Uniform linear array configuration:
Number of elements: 4
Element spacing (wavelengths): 0.75
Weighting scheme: kaiser
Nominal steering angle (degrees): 0
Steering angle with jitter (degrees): -0.4943
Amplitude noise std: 0.05
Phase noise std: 0.05

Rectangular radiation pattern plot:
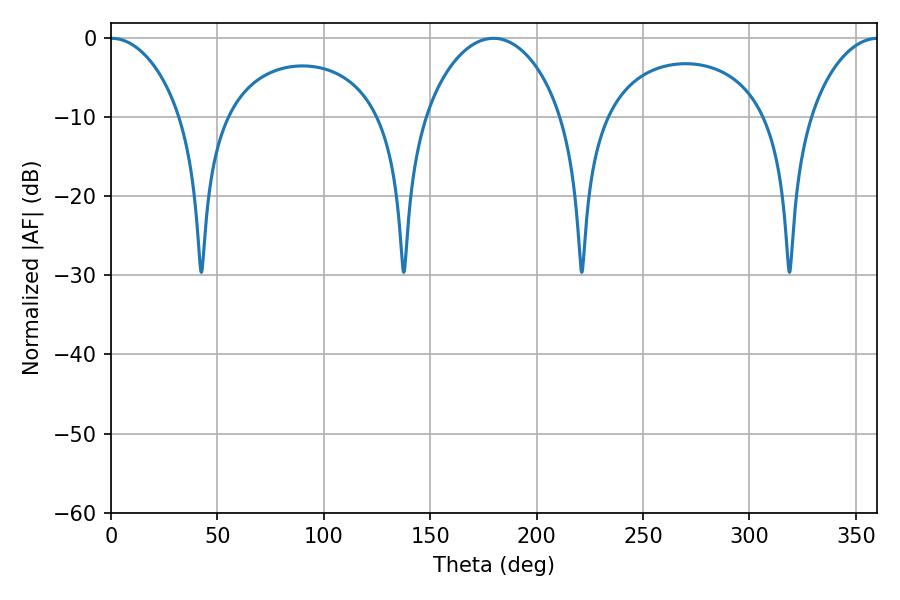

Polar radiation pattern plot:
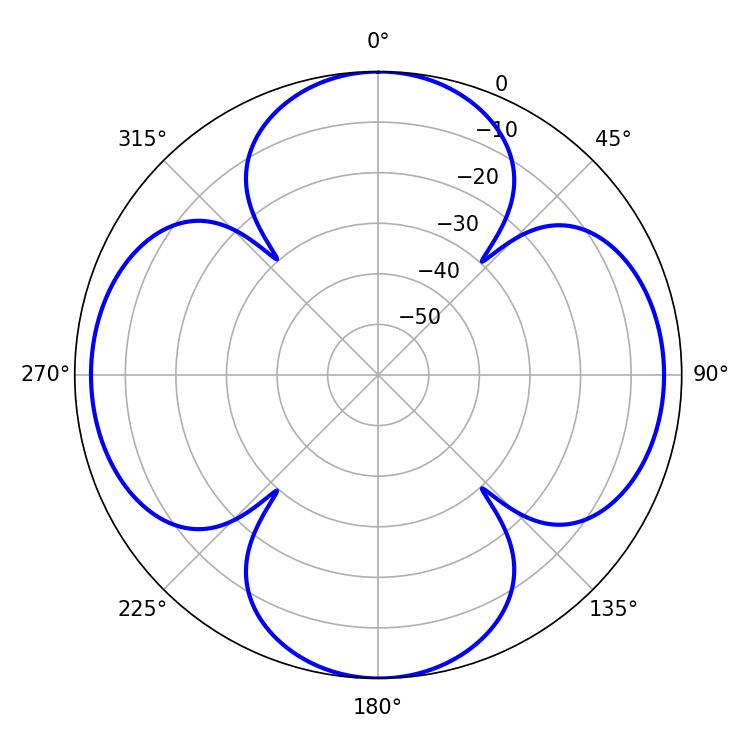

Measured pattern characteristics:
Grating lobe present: TRUE
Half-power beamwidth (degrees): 18.72
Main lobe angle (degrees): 0.36